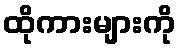
ထိုကားများကို